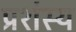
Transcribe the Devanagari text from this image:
प्रशंस्य